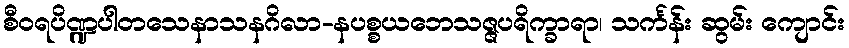
စီဝရပိဏ္ဍပါတသေနာသနဂိလာ-နပစ္စယဘေသဇ္ဇပရိက္ခာရာ၊ သင်္ကန်း ဆွမ်း ကျောင်း